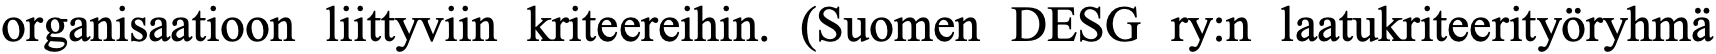
organisaatioon liittyviin kriteereihin. (Suomen DESG ry:n laatukriteerityöryhmä